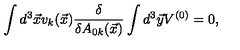
\int d ^ { 3 } \vec { x } v _ { k } ( \vec { x } ) \frac { \delta } { \delta A _ { 0 k } ( \vec { x } ) } \int d ^ { 3 } \vec { y } V ^ { ( 0 ) } = 0 ,